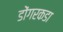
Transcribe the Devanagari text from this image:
डोंगरकडा